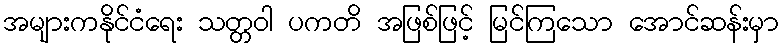
အများကနိုင်ငံရေး သတ္တဝါ ပကတိ အဖြစ်ဖြင့် မြင်ကြသော အောင်ဆန်းမှာ